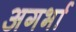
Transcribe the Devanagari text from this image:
अगर्भा